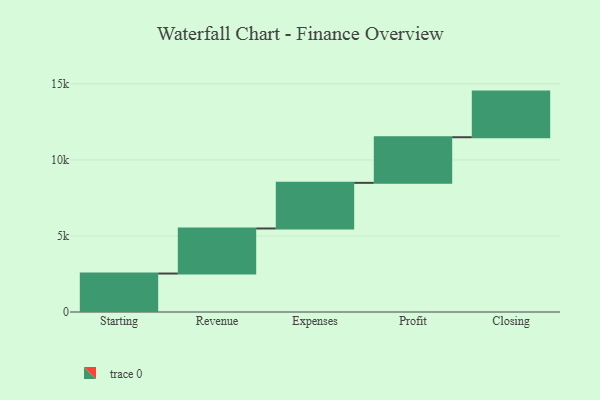
{"axis": {"x": "Step", "y": "Value"}, "legend": [""], "data": [{"x": "Starting", "y": 2529.0, "type": ""}, {"x": "Revenue", "y": 2963.0, "type": ""}, {"x": "Expenses", "y": 3000, "type": ""}, {"x": "Profit", "y": 3000, "type": ""}, {"x": "Closing", "y": 3000, "type": ""}]}